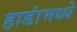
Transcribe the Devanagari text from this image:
हाडांमध्ये